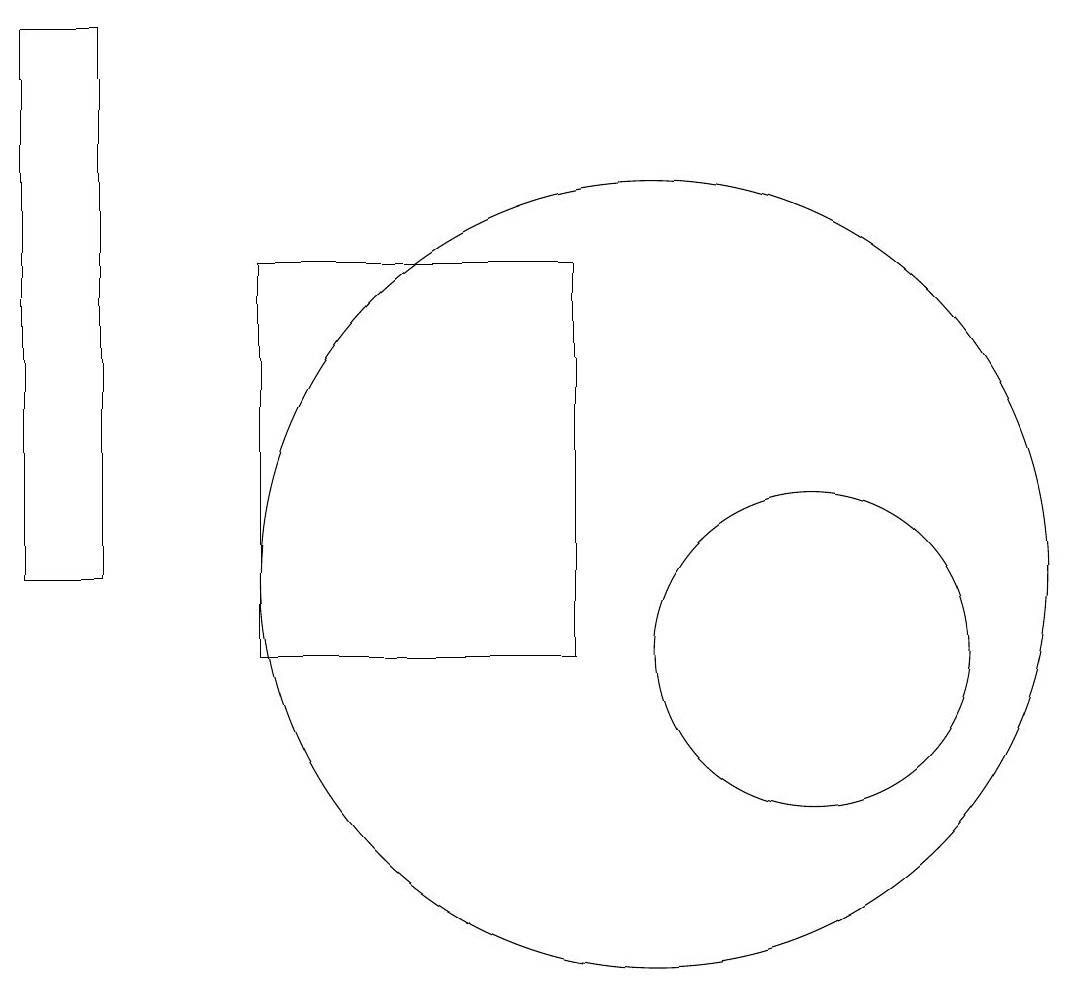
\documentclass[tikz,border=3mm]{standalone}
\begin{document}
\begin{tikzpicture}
\draw (10,11) circle (5);
\draw (12,10) circle (2);
\draw (9,10) rectangle (5,15);
\draw (2,11) rectangle (3,18);
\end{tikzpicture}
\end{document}